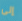
إلى